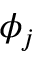
\phi _ { j }